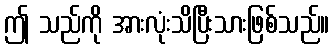
ဤ သည်ကို အားလုံးသိပြီးသားဖြစ်သည်။